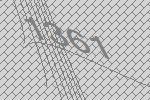
1361